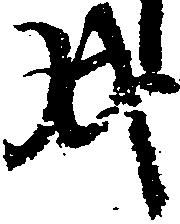
戌